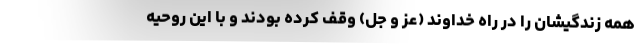
همه زندگیشان را در راه خداوند (عز و جل) وقف کرده بودند و با این روحیه